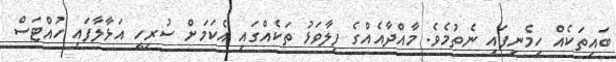
ބައިތަކެއް ހިމެނިފައި ނެތުމެވެ. މާއްދާއެއްގެ ފިލާވަޅު ތަކެއްގައި އެކަމަށް ސުރިހީ އަޅާލާފައި ހުއްޓަސް